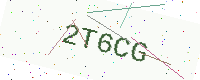
Text: 2T6CG